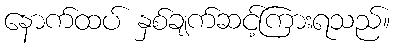
နောက်ထပ် နှစ်ချက်ဆင့်ကြားရသည်။